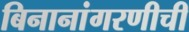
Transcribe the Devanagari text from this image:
बिनानांगरणीची